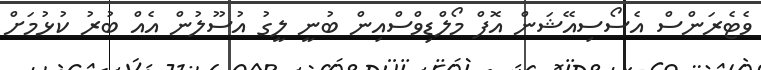
ވެޓެރަންސް އެސޯސިއޭޝަން އޮފް މޯލްޑިވްސްއިން ބުނީ ލީގު އުސޫލުން އެއް ބުރު ކުޅުމަށް